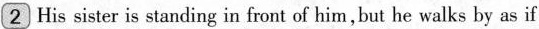
2 His sister is standing in front of him , but he walks by as if